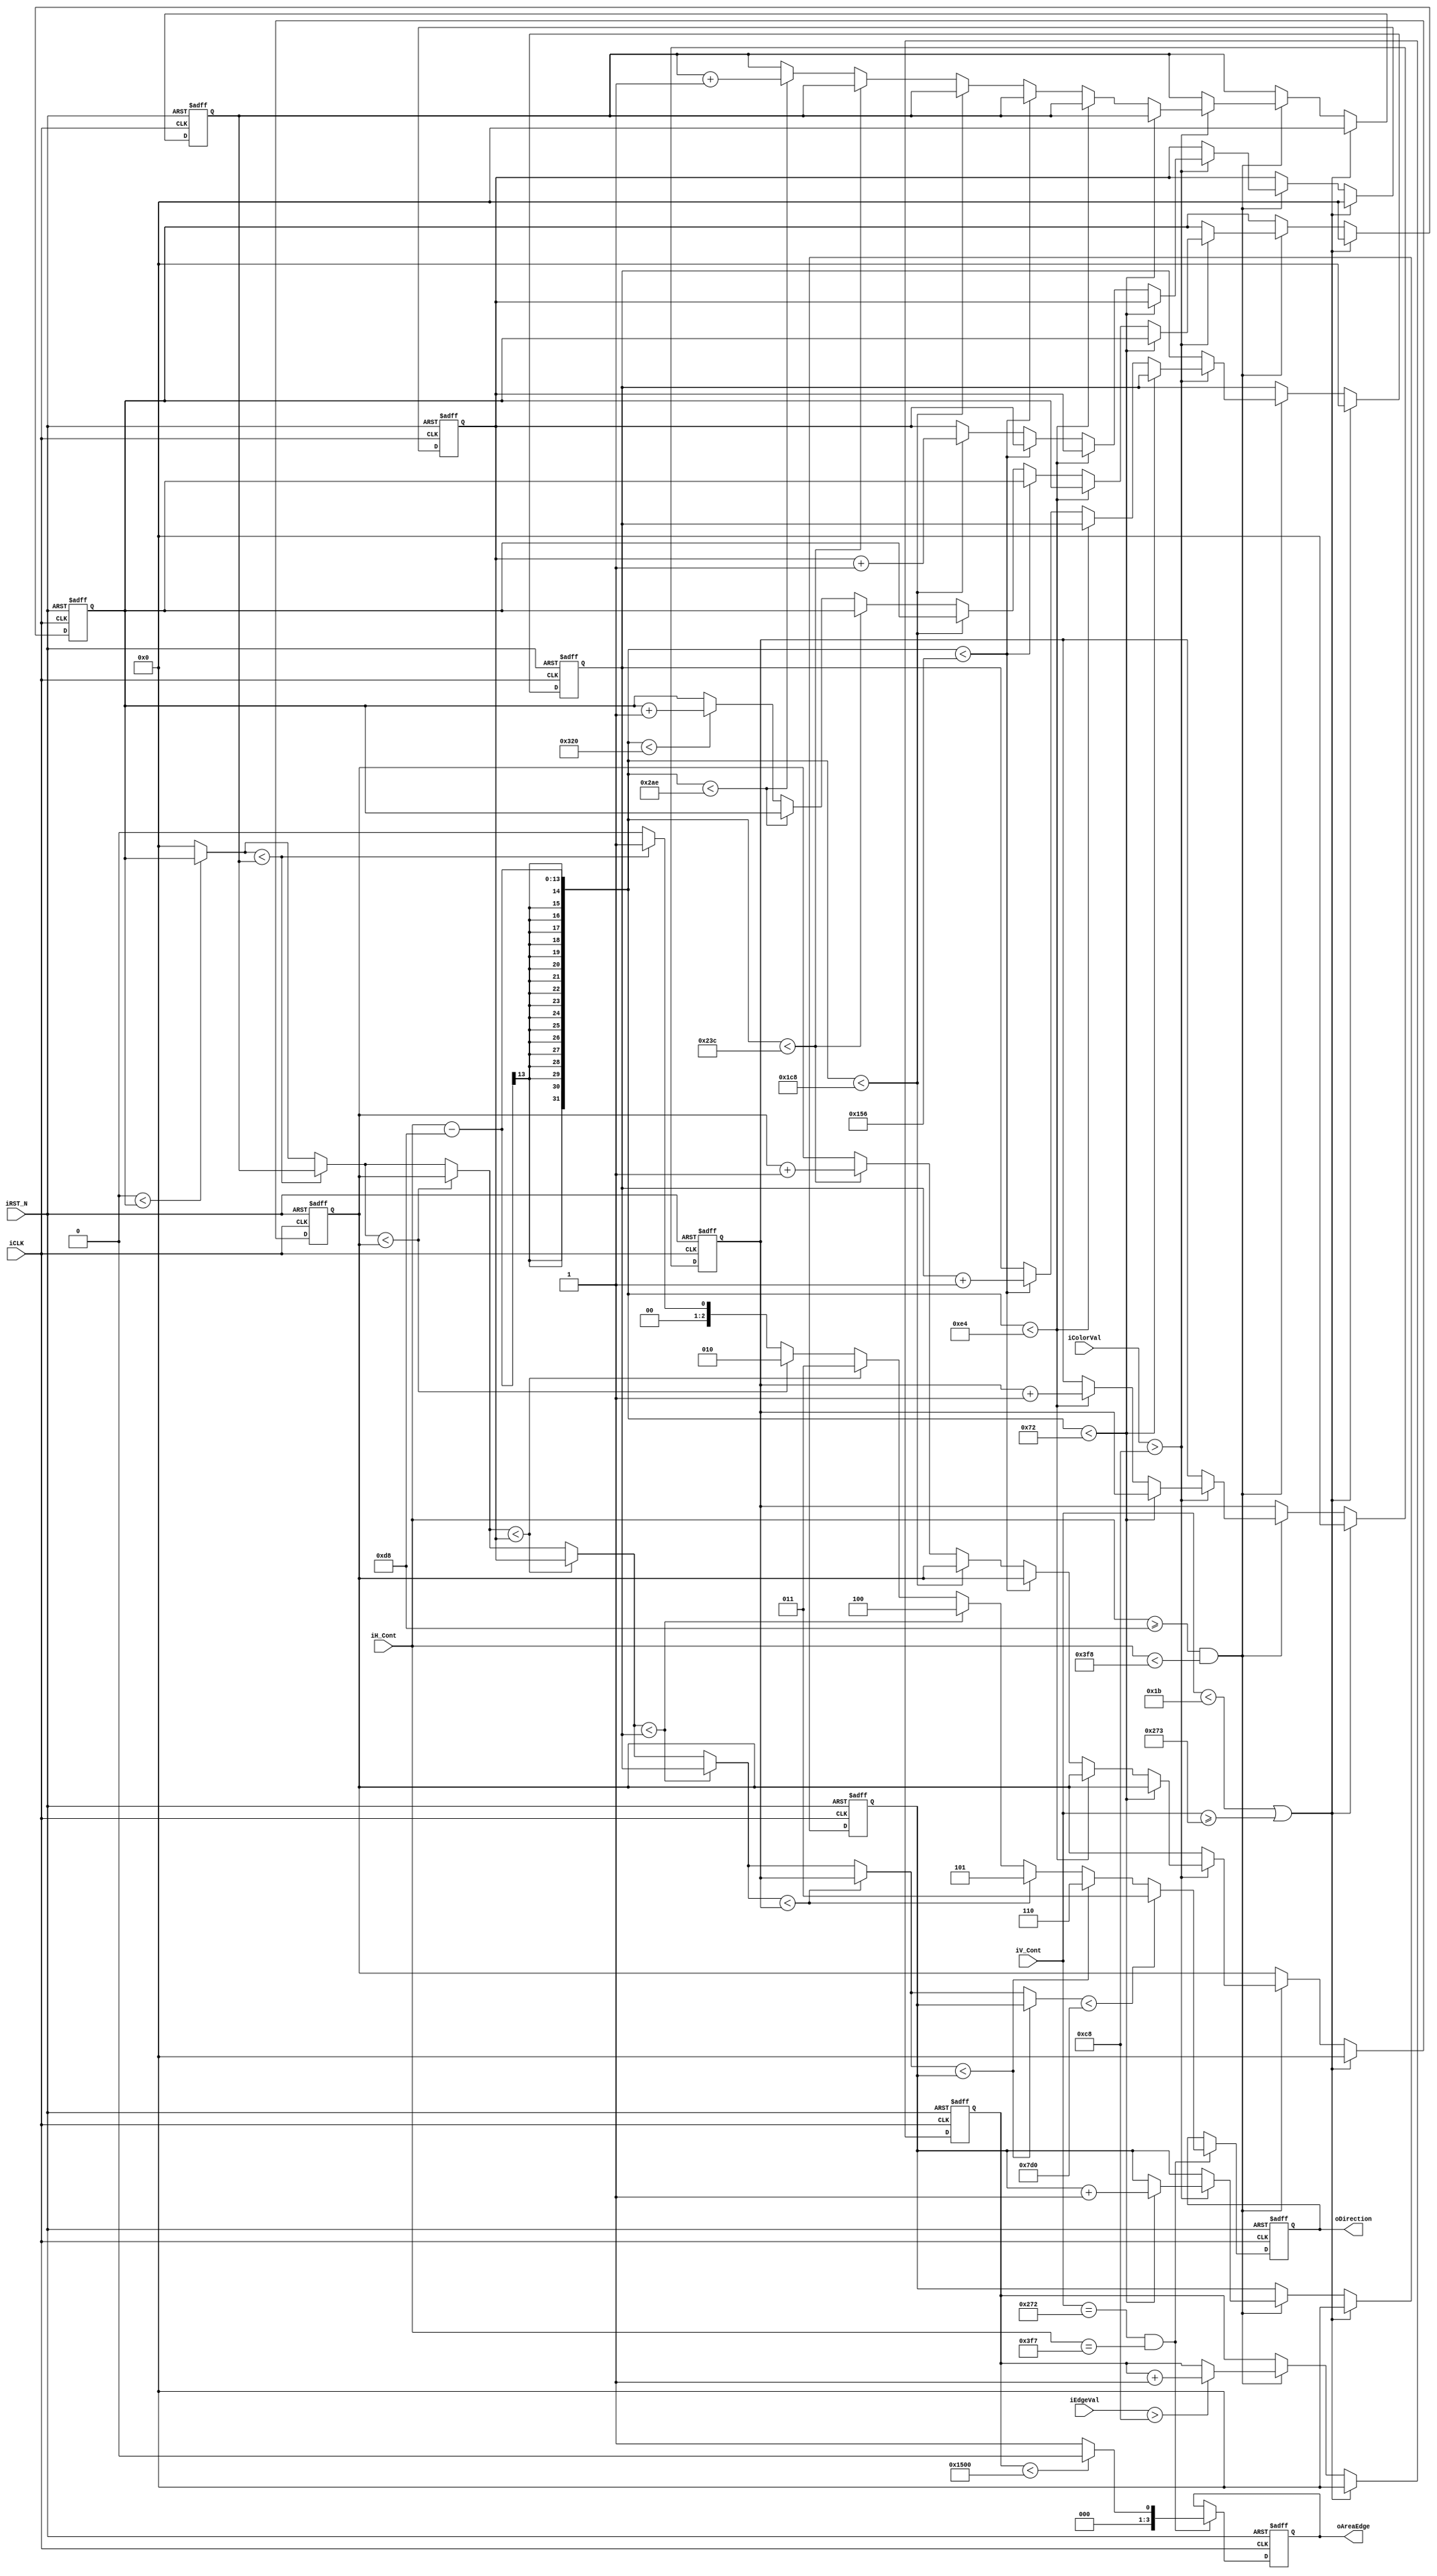
module CalcHand(
    input               iCLK,
    input               iRST_N,
    input       [12:0]  iH_Cont,
    input       [12:0]  iV_Cont,
    input       [9:0]   iColorVal,
    input       [9:0]   iEdgeVal,
    output  reg [2:0]   oDirection,
    output  reg [3:0]  oAreaEdge    
);

`ifdef VGA_640x480p60
//	Horizontal Parameter	( Pixel )
parameter	H_SYNC_CYC	=	96;
parameter	H_SYNC_BACK	=	48;
parameter	H_SYNC_ACT	=	640;	
parameter	H_SYNC_FRONT=	16;
parameter	H_SYNC_TOTAL=	800;

//	Vertical Parameter		( Line )
parameter	V_SYNC_CYC	=	2;
parameter	V_SYNC_BACK	=	33;
parameter	V_SYNC_ACT	=	480;	
parameter	V_SYNC_FRONT=	10;
parameter	V_SYNC_TOTAL=	525; 

`else
 // SVGA_800x600p60
////	Horizontal Parameter	( Pixel )
parameter	H_SYNC_CYC	=	128;         //Peli
parameter	H_SYNC_BACK	=	88;
parameter	H_SYNC_ACT	=	800;	
parameter	H_SYNC_FRONT=	40;
parameter	H_SYNC_TOTAL=	1056;
//	Virtical Parameter		( Line )
parameter	V_SYNC_CYC	=	4;
parameter	V_SYNC_BACK	=	23;
parameter	V_SYNC_ACT	=	600;	
parameter	V_SYNC_FRONT=	1;
parameter	V_SYNC_TOTAL=	628;

`endif
//	Start Offset
parameter	X_START		=	H_SYNC_CYC+H_SYNC_BACK;
parameter	Y_START		=	V_SYNC_CYC+V_SYNC_BACK;

// leftmost -> middle -> rightmost
reg  [17:0] skincount [0:7];
// wire [17:0] AreaPixel;
reg  [17:0] MostPixel;
reg  [2:0]  MostDirection;

reg   [17:0] EdgePixel;
// wire  [35:0] EdgePixelSquare;
// wire  [17:0] PeriAreaRatio;

integer i;

always @(posedge iCLK or negedge iRST_N) begin
    if (!iRST_N) begin
        skincount[0]  <= 0;
        skincount[1]  <= 0;
        skincount[2]  <= 0;
        skincount[3]  <= 0;
        skincount[4]  <= 0;
        skincount[5]  <= 0;
        skincount[6]  <= 0;
        EdgePixel     <= 0;
    end
    else begin
        if (iV_Cont < Y_START || iV_Cont >= Y_START+V_SYNC_ACT) begin
        skincount[0]  <= 0;
        skincount[1]  <= 0;
        skincount[2]  <= 0;
        skincount[3]  <= 0;
        skincount[4]  <= 0;
        skincount[5]  <= 0;
        skincount[6]  <= 0;
        EdgePixel     <= 0;
        end
        else if (iH_Cont >= X_START && iH_Cont < X_START + H_SYNC_ACT) begin
            if (iColorVal > 200) begin
                // right
                if (iH_Cont - X_START < 114) begin
                    skincount[0]  <= skincount[0];
                    skincount[1]  <= skincount[1];
                    skincount[2]  <= skincount[2];
                    skincount[3]  <= skincount[3];
                    skincount[4]  <= skincount[4];
                    skincount[5]  <= skincount[5];
                    skincount[6]  <= skincount[6] + 1;
                end
                else if (iH_Cont - X_START < 228) begin
                    skincount[0]  <= skincount[0];
                    skincount[1]  <= skincount[1];
                    skincount[2]  <= skincount[2];
                    skincount[3]  <= skincount[3];
                    skincount[4]  <= skincount[4];
                    skincount[5]  <= skincount[5] + 1;
                    skincount[6]  <= skincount[6];
                end
                else if (iH_Cont - X_START < 342) begin
                    skincount[0]  <= skincount[0];
                    skincount[1]  <= skincount[1];
                    skincount[2]  <= skincount[2];
                    skincount[3]  <= skincount[3];
                    skincount[4]  <= skincount[4] + 1;
                    skincount[5]  <= skincount[5];
                    skincount[6]  <= skincount[6];
                end
                // middle
                else if (iH_Cont - X_START < 456) begin
                    skincount[0]  <= skincount[0];
                    skincount[1]  <= skincount[1];
                    skincount[2]  <= skincount[2];
                    skincount[3]  <= skincount[3] + 1;
                    skincount[4]  <= skincount[4];
                    skincount[5]  <= skincount[5];
                    skincount[6]  <= skincount[6];
                end
                // left
                else if (iH_Cont - X_START < 572) begin
                    skincount[0]  <= skincount[0];
                    skincount[1]  <= skincount[1];
                    skincount[2]  <= skincount[2] + 1;
                    skincount[3]  <= skincount[3];
                    skincount[4]  <= skincount[4];
                    skincount[5]  <= skincount[5];
                    skincount[6]  <= skincount[6];
                end
                else if (iH_Cont - X_START < 686) begin
                    skincount[0]  <= skincount[0];
                    skincount[1]  <= skincount[1] + 1;
                    skincount[2]  <= skincount[2];
                    skincount[3]  <= skincount[3];
                    skincount[4]  <= skincount[4];
                    skincount[5]  <= skincount[5];
                    skincount[6]  <= skincount[6];
                end
                else if (iH_Cont - X_START < 800) begin
                    skincount[0]  <= skincount[0] + 1;
                    skincount[1]  <= skincount[1];
                    skincount[2]  <= skincount[2];
                    skincount[3]  <= skincount[3];
                    skincount[4]  <= skincount[4];
                    skincount[5]  <= skincount[5];
                    skincount[6]  <= skincount[6];
                end
            end
            else begin
                skincount[0]  <= skincount[0];
                skincount[1]  <= skincount[1];
                skincount[2]  <= skincount[2];
                skincount[3]  <= skincount[3];
                skincount[4]  <= skincount[4];
                skincount[5]  <= skincount[5];
                skincount[6]  <= skincount[6];
            end
            if (iEdgeVal > 200) begin
                EdgePixel <= EdgePixel + 1;
            end
            else begin
                EdgePixel <= EdgePixel;
            end
        end
        else begin
            skincount[0]  <= skincount[0];
            skincount[1]  <= skincount[1];
            skincount[2]  <= skincount[2];
            skincount[3]  <= skincount[3];
            skincount[4]  <= skincount[4];
            skincount[5]  <= skincount[5];
            skincount[6]  <= skincount[6];
            EdgePixel  <= EdgePixel;
        end 
    end
end

always @(*) begin
    MostPixel = 0;
    MostDirection = 0;
    for (i = 0; i < 7; i = i + 1) begin
        if (MostPixel < skincount[i]) begin
            MostPixel = skincount[i];
            MostDirection = i;
        end
    end
    // If pixel is not enough, set it to default (middle)
    if (MostPixel < 2000) begin
        MostDirection = 3;
    end 
end

always @(posedge iCLK or negedge iRST_N) begin
    if (!iRST_N) begin
        oDirection  <= 3;
    end
    else begin
        if ((iV_Cont == Y_START+V_SYNC_ACT - 1) && (iH_Cont == X_START + H_SYNC_ACT - 1)) begin
            oDirection  <= MostDirection;
        end
        else begin
            oDirection  <= oDirection;
        end
    end
end

always @(posedge iCLK or negedge iRST_N) begin
    if (!iRST_N) begin
        oAreaEdge  <= 0;
    end
    else begin
        if ((iV_Cont == Y_START+V_SYNC_ACT - 1) && (iH_Cont == X_START + H_SYNC_ACT - 1)) begin
            if (EdgePixel < 18'h1500) begin
                oAreaEdge  <= 0;
            end
            else begin
                oAreaEdge  <= 1;
            end
        end
        else begin
            oAreaEdge <= oAreaEdge;
        end
    end
end


// mult m0(
//     .clock(iCLK),
//     .dataa(EdgePixel),
//     .result(EdgePixelSquare)
// );

// div d0(
//     .clock(iCLK),
//     .denom(AreaPixel[17:6]),
//     .numer(EdgePixelSquare[25:8]),
//     .quotient(PeriAreaRatio),
//     .remain()
// );

// PA_7 pa7_0(
//     .clock(iCLK),
// 	.data0x(skincount[0]),
// 	.data1x(skincount[1]),
// 	.data2x(skincount[2]),
// 	.data3x(skincount[3]),
// 	.data4x(skincount[4]),
// 	.data5x(skincount[5]),
// 	.data6x(skincount[6]),
// 	.result(AreaPixel)
// );

endmodule